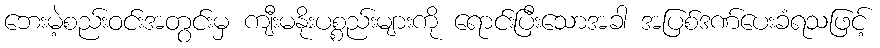
ဘေးမဲ့စည်းဝင်းအတွင်းမှ ကျီးမနိုးပစ္စည်းများကို ရောင်းပြီးသောအခါ အပြစ်ဒဏ်ပေးခံရသဖြင့်